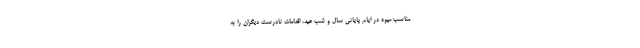
مناسب میوه در ایام پایانی سال و شب عید، اقدامات نادرست دیگران را به